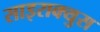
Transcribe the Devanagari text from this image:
साइराक्युस